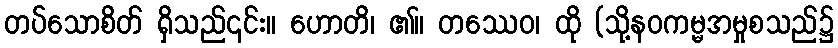
တပ်သောစိတ် ရှိသည်၎င်း။ ဟောတိ၊ ၏။ တဿေဝ၊ ထို (သို့နဝကမ္မအမှုစသည်၌